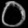
Digit: ၀